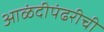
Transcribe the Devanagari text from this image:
आळंदीपंढरीची